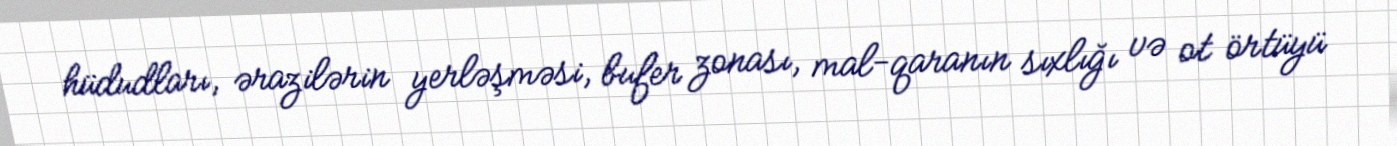
hüdudları, ərazilərin yerləşməsi, bufer zonası, mal-qaranın sıxlığı və ot örtüyü